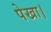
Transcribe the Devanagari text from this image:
पेखा।